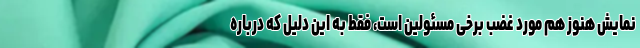
نمایش هنوز هم مورد غضب برخی مسئولین است، فقط به این دلیل که درباره